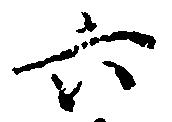
六